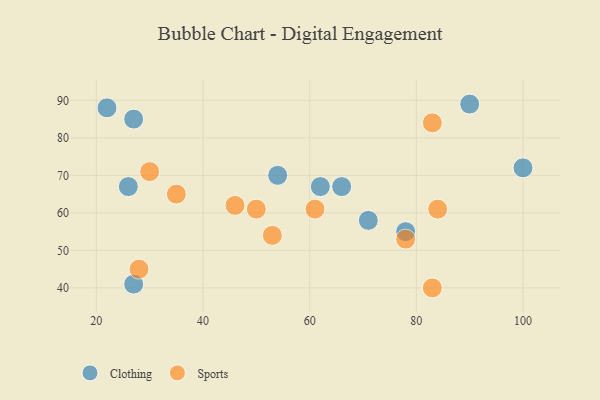
{"axis": {"x": "GDP", "y": "Life Expectancy"}, "legend": ["Clothing", "Sports"], "data": [{"x": "27", "y": 41, "type": "Clothing"}, {"x": "22", "y": 88, "type": "Clothing"}, {"x": "100", "y": 72, "type": "Clothing"}, {"x": "71", "y": 58, "type": "Clothing"}, {"x": "26", "y": 67, "type": "Clothing"}, {"x": "90", "y": 89, "type": "Clothing"}, {"x": "54", "y": 70, "type": "Clothing"}, {"x": "27", "y": 85, "type": "Clothing"}, {"x": "78", "y": 55, "type": "Clothing"}, {"x": "66", "y": 67, "type": "Clothing"}, {"x": "62", "y": 67, "type": "Clothing"}, {"x": "28", "y": 45, "type": "Sports"}, {"x": "50", "y": 61, "type": "Sports"}, {"x": "83", "y": 40, "type": "Sports"}, {"x": "84", "y": 61, "type": "Sports"}, {"x": "30", "y": 71, "type": "Sports"}, {"x": "61", "y": 61, "type": "Sports"}, {"x": "53", "y": 54, "type": "Sports"}, {"x": "83", "y": 84, "type": "Sports"}, {"x": "78", "y": 53, "type": "Sports"}, {"x": "46", "y": 62, "type": "Sports"}, {"x": "35", "y": 65, "type": "Sports"}]}